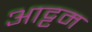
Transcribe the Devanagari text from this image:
आट्टम